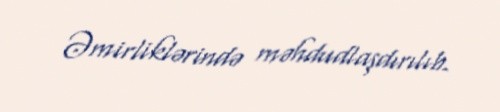
Əmirliklərində məhdudlaşdırılıb.